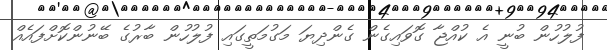
ފުލުހުން ބުނީ އެ ކުއްޖާ ގޮވައިގެން ގެންދިޔަ މަގުމަތީގައި ފުލުހުން ބާރުގެ ބޭނުންކޮށްފައެއް